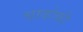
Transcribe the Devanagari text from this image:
चाकोकी